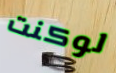
لوكنت